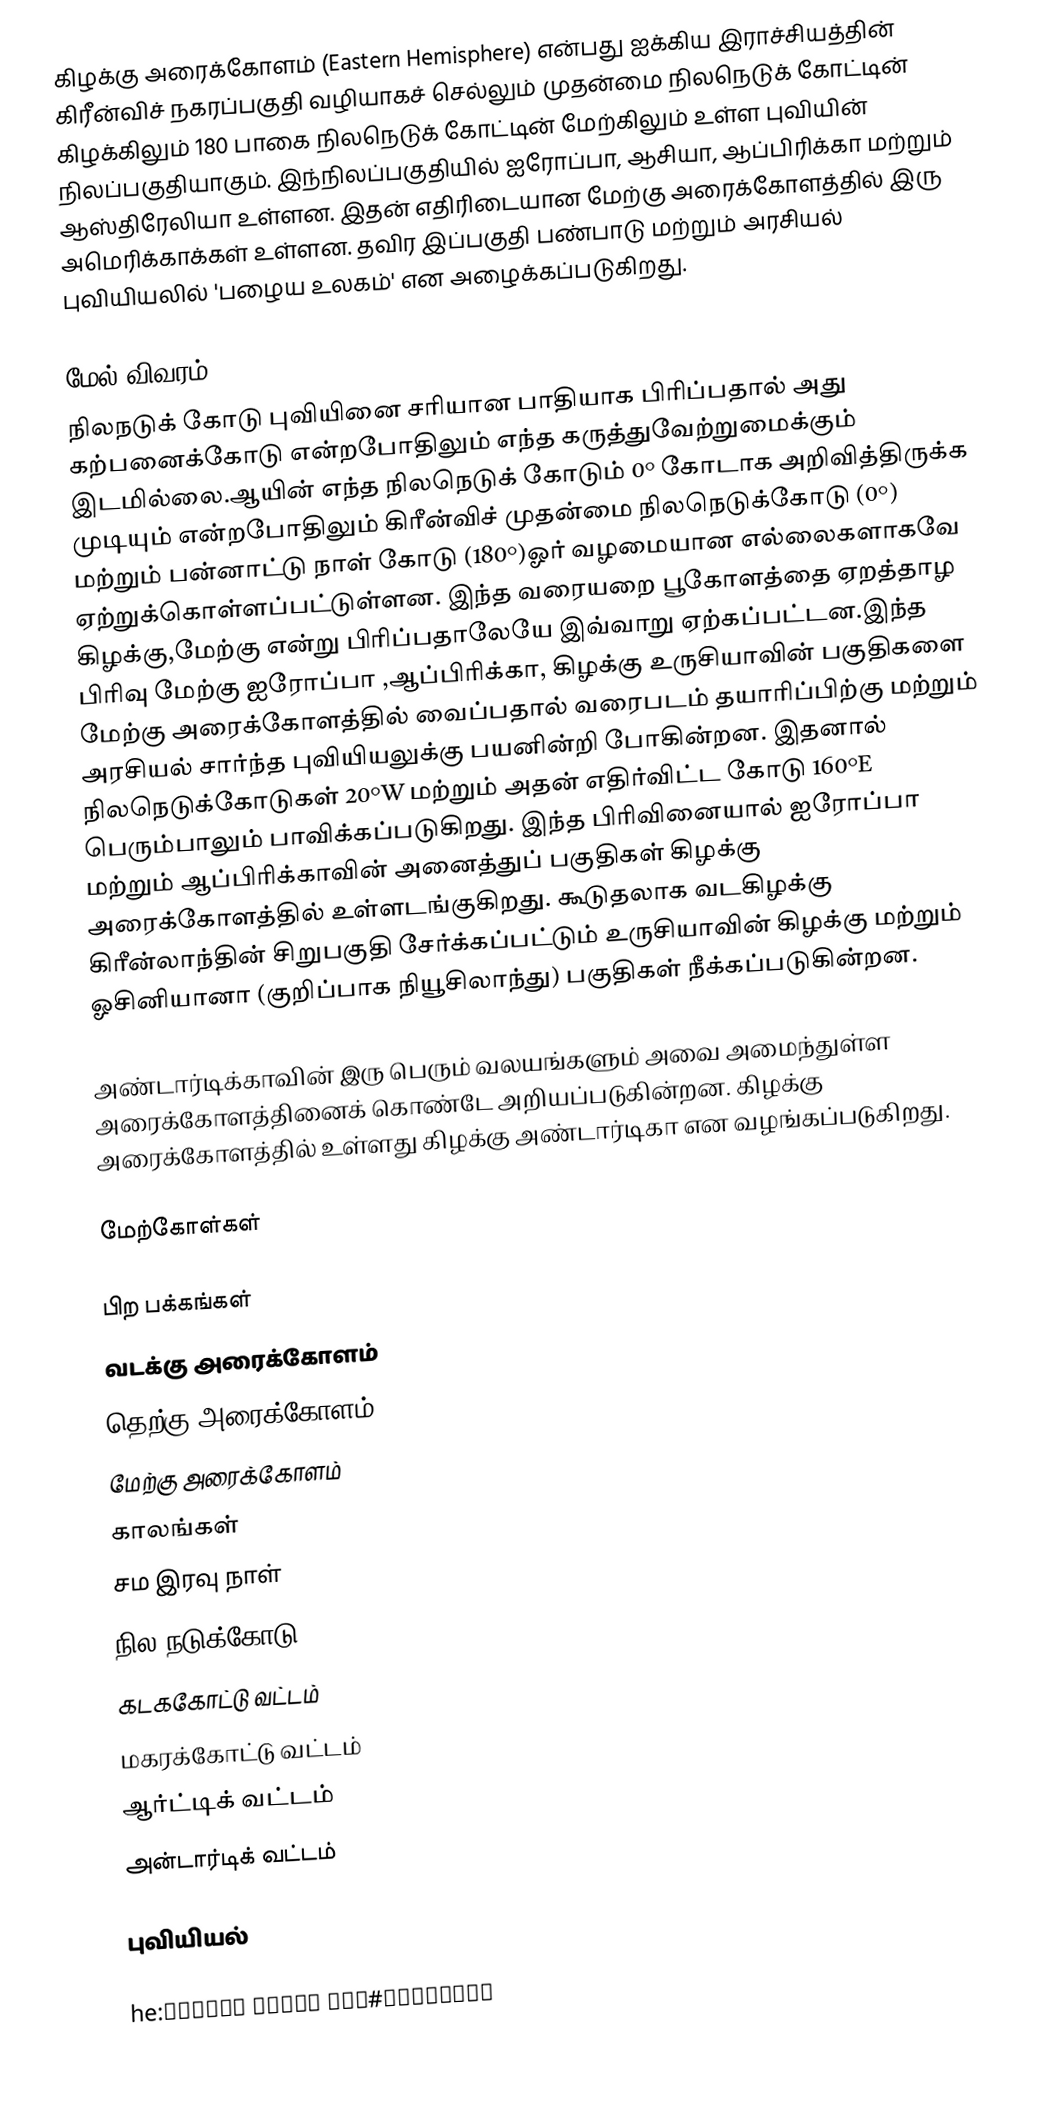
கிழக்கு அரைக்கோளம் (Eastern Hemisphere) என்பது ஐக்கிய இராச்சியத்தின் கிரீன்விச் நகரப்பகுதி வழியாகச் செல்லும் முதன்மை நிலநெடுக் கோட்டின் கிழக்கிலும் 180 பாகை நிலநெடுக் கோட்டின் மேற்கிலும் உள்ள புவியின் நிலப்பகுதியாகும். இந்நிலப்பகுதியில் ஐரோப்பா, ஆசியா, ஆப்பிரிக்கா மற்றும் ஆஸ்திரேலியா உள்ளன. இதன் எதிரிடையான மேற்கு அரைக்கோளத்தில் இரு அமெரிக்காக்கள் உள்ளன. தவிர இப்பகுதி பண்பாடு மற்றும் அரசியல் புவியியலில் 'பழைய உலகம்' என அழைக்கப்படுகிறது.

மேல் விவரம்
நிலநடுக் கோடு புவியினை சரியான பாதியாக பிரிப்பதால் அது கற்பனைக்கோடு என்றபோதிலும் எந்த கருத்துவேற்றுமைக்கும் இடமில்லை.ஆயின் எந்த நிலநெடுக் கோடும் 0° கோடாக அறிவித்திருக்க முடியும் என்றபோதிலும் கிரீன்விச் முதன்மை நிலநெடுக்கோடு (0°) மற்றும் பன்னாட்டு நாள் கோடு (180°)ஓர் வழமையான எல்லைகளாகவே ஏற்றுக்கொள்ளப்பட்டுள்ளன. இந்த வரையறை பூகோளத்தை ஏறத்தாழ கிழக்கு,மேற்கு என்று பிரிப்பதாலேயே இவ்வாறு ஏற்கப்பட்டன.இந்த பிரிவு மேற்கு ஐரோப்பா ,ஆப்பிரிக்கா, கிழக்கு உருசியாவின் பகுதிகளை மேற்கு அரைக்கோளத்தில் வைப்பதால் வரைபடம் தயாரிப்பிற்கு மற்றும் அரசியல் சார்ந்த புவியியலுக்கு பயனின்றி போகின்றன. இதனால் நிலநெடுக்கோடுகள் 20°W மற்றும் அதன் எதிர்விட்ட கோடு 160°E பெரும்பாலும் பாவிக்கப்படுகிறது. இந்த பிரிவினையால் ஐரோப்பா மற்றும் ஆப்பிரிக்காவின் அனைத்துப் பகுதிகள் கிழக்கு அரைக்கோளத்தில் உள்ளடங்குகிறது. கூடுதலாக வடகிழக்கு கிரீன்லாந்தின் சிறுபகுதி சேர்க்கப்பட்டும் உருசியாவின் கிழக்கு மற்றும் ஓசினியானா (குறிப்பாக நியூசிலாந்து) பகுதிகள் நீக்கப்படுகின்றன.

அண்டார்டிக்காவின் இரு பெரும் வலயங்களும் அவை அமைந்துள்ள அரைக்கோளத்தினைக் கொண்டே அறியப்படுகின்றன. கிழக்கு அரைக்கோளத்தில் உள்ளது கிழக்கு அண்டார்டிகா என வழங்கப்படுகிறது.

மேற்கோள்கள்

பிற பக்கங்கள்
 வடக்கு அரைக்கோளம்
 தெற்கு அரைக்கோளம்
 மேற்கு அரைக்கோளம்
 காலங்கள்
 சம இரவு நாள்
 நில நடுக்கோடு
 கடககோட்டு வட்டம்
 மகரக்கோட்டு வட்டம்
 ஆர்ட்டிக் வட்டம்
 அன்டார்டிக் வட்டம்

புவியியல்

he:המיספירה#חצי הכדור המזרחי